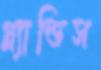
গ্ল্যান্ডিস